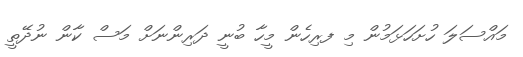
މައްސަލަ ހުށަހަޅަމުން މި ފރިހެން މީހާ ބުނީ ދަރިންނަށް މަސް ކާން ނުދޭތީ